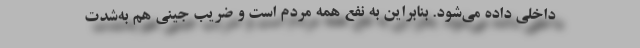
داخلی داده می‌شود. بنابراین به نفع همه مردم است و ضریب جینی هم به‌شدت